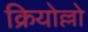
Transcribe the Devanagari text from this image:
क्रियोल्लो